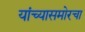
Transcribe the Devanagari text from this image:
यांच्यासमोरचा